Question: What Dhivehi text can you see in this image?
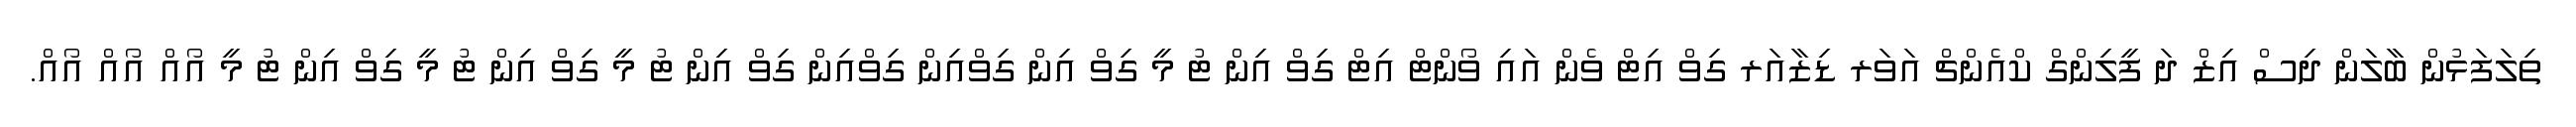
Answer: ތިލަފަޅުން ބާލަން ދިސް އިޒް ދަ ފީލިންގް ކްއެންޗް އަވަރ ޑިޒާއަރ ގިވް އިޓް ވެން އައި ވޯންޓް އިޓް ގިވް އިން ޓު މީ ގިވް އިން ގިވްއިން ގިވްއިން ގިވް އިން ޓު މީ ގިވް އިން ޓު މީ ގިވް އިން ޓު މީ އޯއް އޯއް އޯއް.